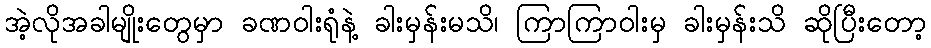
အဲ့လိုအခါမျိုးတွေမှာ ခဏဝါးရုံနဲ့ ခါးမှန်းမသိ၊ ကြာကြာဝါးမှ ခါးမှန်းသိ ဆိုပြီးတော့